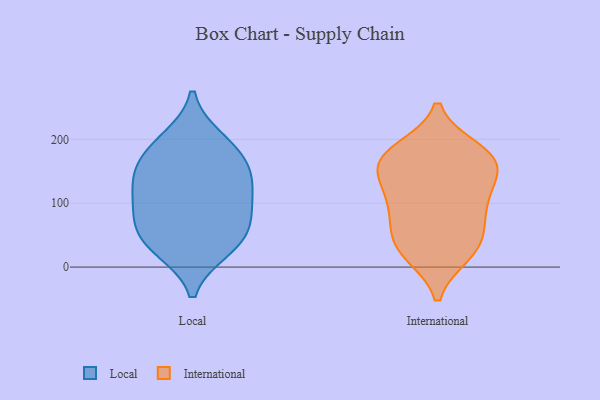
{"axis": {"x": "Market Share (%)", "y": "Value"}, "legend": ["International", "Local"], "data": [{"x": "", "y": 102, "type": "Local"}, {"x": "", "y": 44, "type": "Local"}, {"x": "", "y": 188, "type": "Local"}, {"x": "", "y": 29, "type": "Local"}, {"x": "", "y": 74, "type": "Local"}, {"x": "", "y": 152, "type": "Local"}, {"x": "", "y": 122, "type": "Local"}, {"x": "", "y": 134, "type": "Local"}, {"x": "", "y": 78, "type": "Local"}, {"x": "", "y": 199, "type": "Local"}, {"x": "", "y": 162, "type": "Local"}, {"x": "", "y": 36, "type": "Local"}, {"x": "", "y": 91, "type": "International"}, {"x": "", "y": 50, "type": "International"}, {"x": "", "y": 20, "type": "International"}, {"x": "", "y": 184, "type": "International"}, {"x": "", "y": 88, "type": "International"}, {"x": "", "y": 119, "type": "International"}, {"x": "", "y": 171, "type": "International"}, {"x": "", "y": 21, "type": "International"}, {"x": "", "y": 177, "type": "International"}, {"x": "", "y": 141, "type": "International"}, {"x": "", "y": 155, "type": "International"}, {"x": "", "y": 30, "type": "International"}, {"x": "", "y": 108, "type": "International"}, {"x": "", "y": 159, "type": "International"}, {"x": "", "y": 57, "type": "International"}, {"x": "", "y": 173, "type": "International"}]}